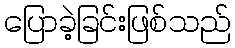
ပြောခဲ့ခြင်းဖြစ်သည်